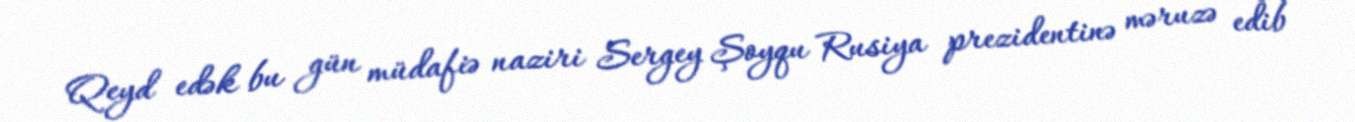
Qeyd edək bu gün müdafiə naziri Sergey Şoyqu Rusiya prezidentinə məruzə edib